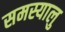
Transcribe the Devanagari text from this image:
समस्यालु